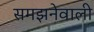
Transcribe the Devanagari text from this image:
समझनेवाली